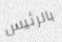
بالرئيس